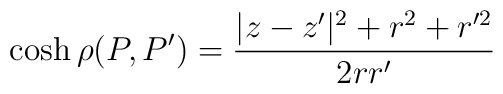
\cosh\rho(P,P')=\frac{|z-z'|^2+r^2+r'^2}{2rr'}